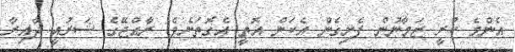
އެންމެ ކުރީ ޒަމާނުން ފެށިގެން އެކަން އޮތީ އެގޮތަށެވެ. ރާއްޖޭގެ ޝަރުއީ ދާއިރާ